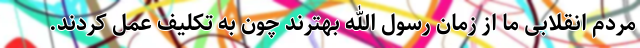
مردم انقلابی ما از زمان رسول الله بهترند چون به تکلیف عمل کردند.